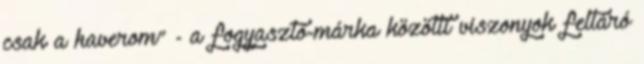
csak a haverom” - a fogyasztó-márka közötti viszonyok feltáró